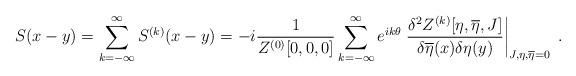
LaTeX: \begin{align*}S(x-y)=\sum_{k=-\infty}^{\infty}S^{(k)}(x-y)=-i\frac{1}{Z^{(0)}[0,0,0]} \sum_{k=-\infty}^{\infty}e^{ik\theta}\left.\frac{\delta^2 Z^{(k)}[\eta,\overline{\eta},J]}{\delta\overline{\eta}(x)\delta\eta(y)}\right|_{J,\eta,\overline{\eta}=0}\; .\end{align*}